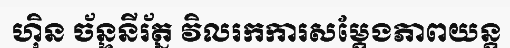
ហ៊ិន ច័ន្ទនីរ័ត្ន វិលរកការសម្តែងភាពយន្ត